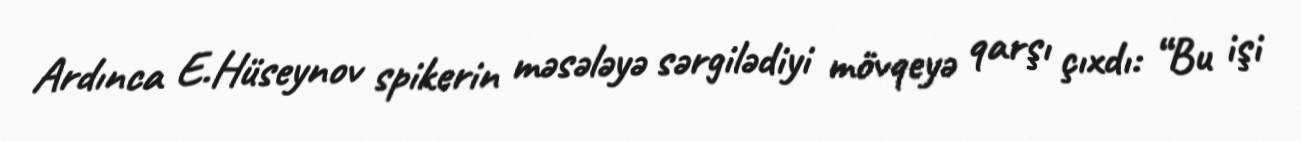
Ardınca E.Hüseynov spikerin məsələyə sərgilədiyi mövqeyə qarşı çıxdı: “Bu işi